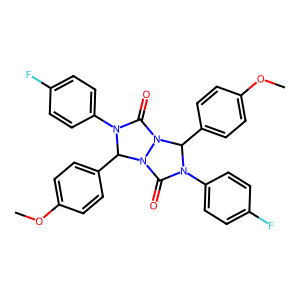
SMILES: COc1ccc(C2N(c3ccc(F)cc3)C(=O)N3C(c4ccc(OC)cc4)N(c4ccc(F)cc4)C(=O)N23)cc1
Inhibits HIV replication: No